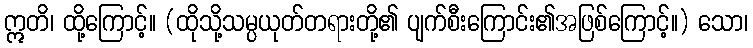
ဣတိ၊ ထို့ကြောင့်။ (ထိုသို့သမ္ပယုတ်တရားတို့၏ ပျက်စီးကြောင်း၏အဖြစ်ကြောင့်။) သော၊